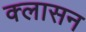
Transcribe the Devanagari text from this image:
क्लासन